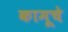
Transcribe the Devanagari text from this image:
कामूचे